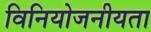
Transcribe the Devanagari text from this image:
विनियोजनीयता